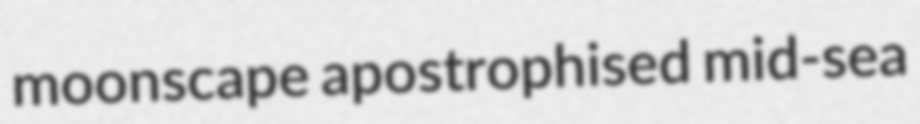
moonscape apostrophised mid-sea